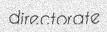
directorate